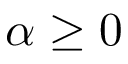
\alpha \ge 0